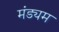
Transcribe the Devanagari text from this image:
मंड्यम